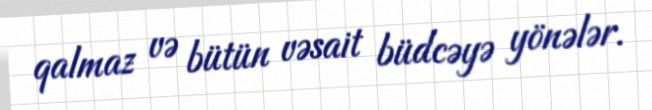
qalmaz və bütün vəsait büdcəyə yönələr.